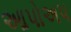
આપોઅપ